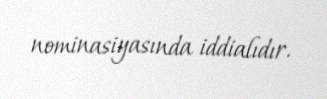
nominasiyasında iddialıdır.